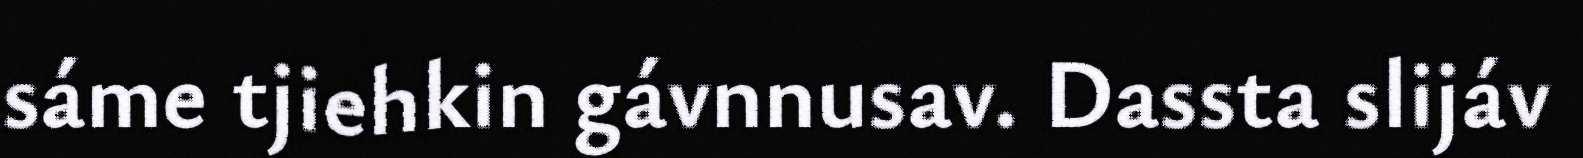
sáme tjiehkin gávnnusav. Dassta slijáv